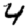
Digit: 4